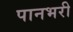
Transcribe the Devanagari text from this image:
पानभरी